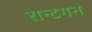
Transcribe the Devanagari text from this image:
रान्टगन